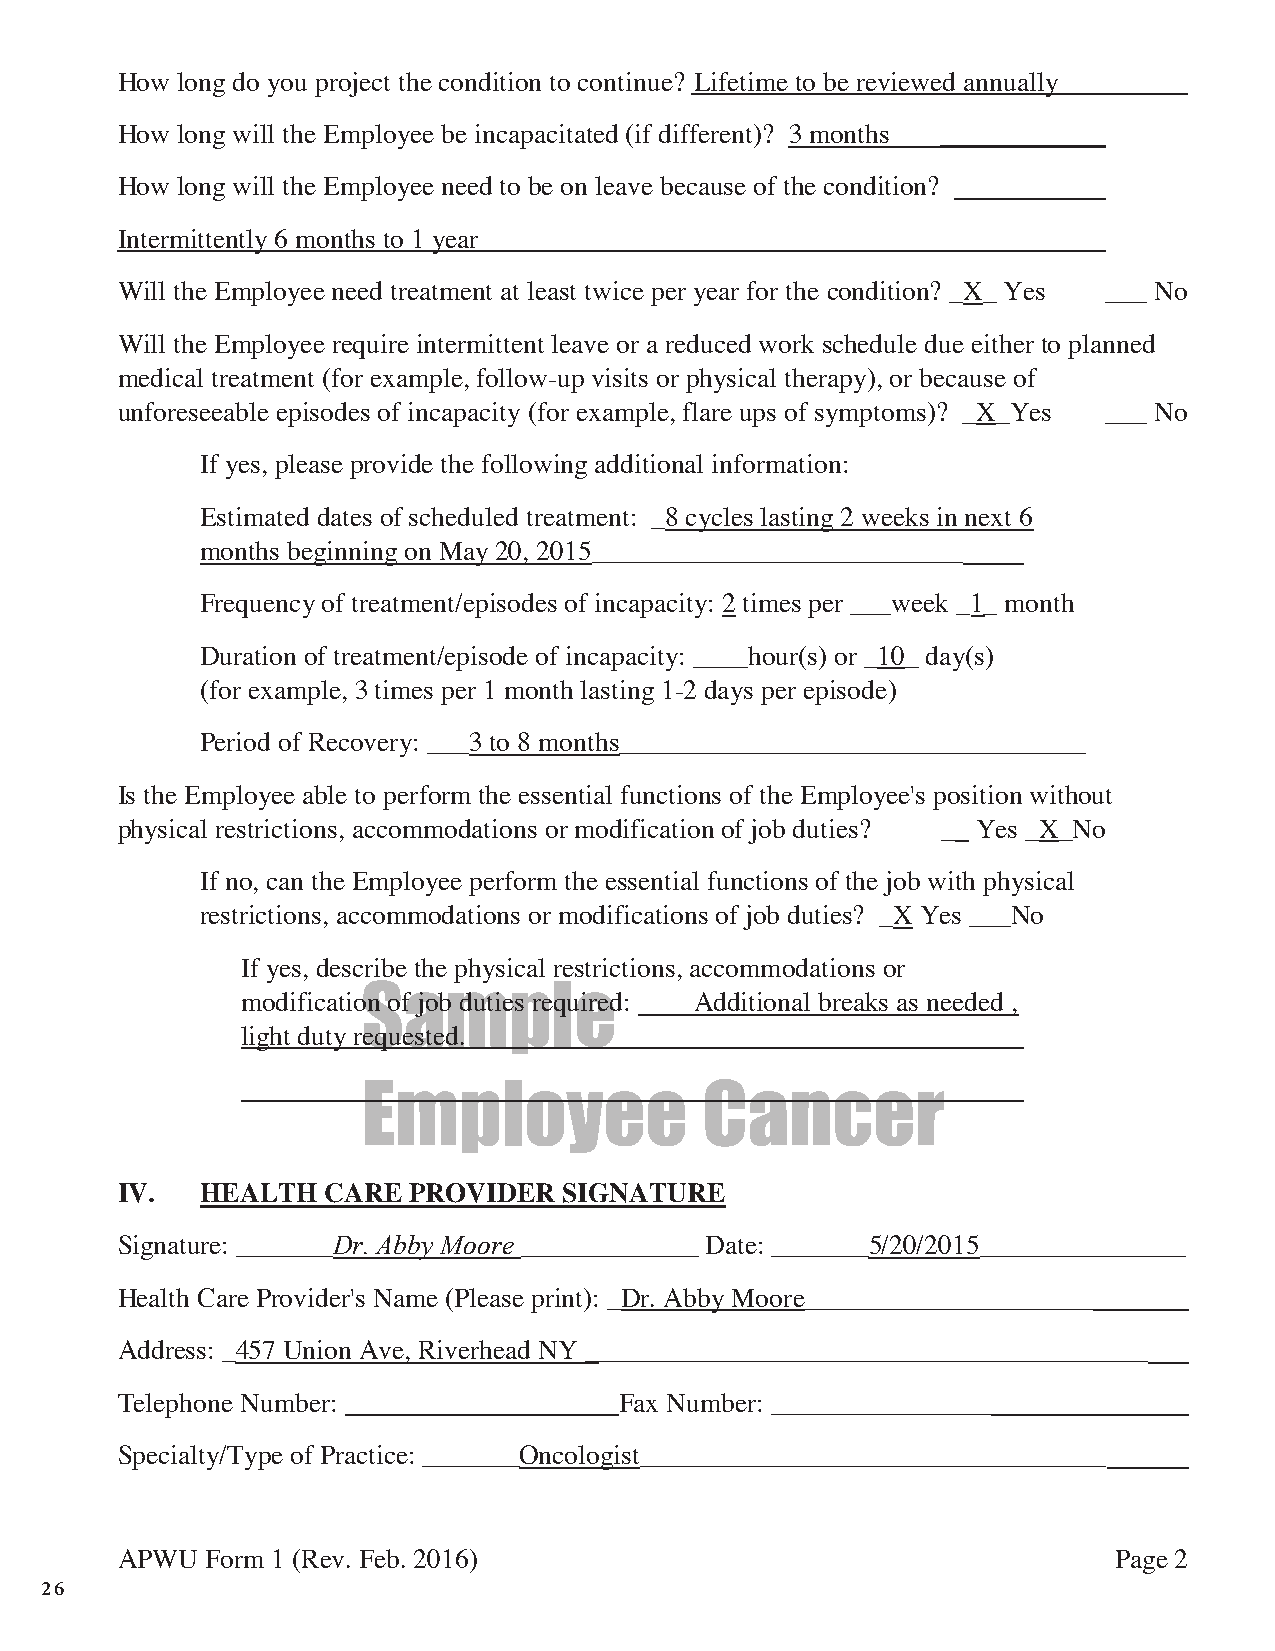
How long do you project the condition to continue? Lifetime to be reviewed annually
 How long will the Employee be incapacitated (if different)? 3 months ____________
 How long will the Employee need to be on leave because of the condition?
 Intermittently 6 months to 1 year _________
 Will the Employee need treatment at least twice per year for the condition? _X_ Yes ___ No
 Will the Employee require intermittent leave or a reduced work schedule due either to planned
 medical treatment (for example, follow-up visits or physical therapy), or because of
 unforeseeable episodes of incapacity (for example, flare ups of symptoms)? _X_Yes ___ No
 If yes, please provide the following additional information:
 Estimated dates of scheduled treatment: _8 cycles lasting 2 weeks in next 6
 months beginning on May 20, 2015___________________________
 Frequency of treatment/episodes of incapacity: 2 times per ___week _1_ month
 Duration of treatment/episode of incapacity: ____hour(s) or _10_ day(s)
 (for example, 3 times per 1 month lasting 1-2 days per episode)
 Period of Recovery: ___3 to 8 months__________________________________
 Is the Employee able to perform the essential functions of the Employee's position without
 physical restrictions, accommodations or modification of job duties? __ Yes _X_No
 If no, can the Employee perform the essential functions of the job with physical
 restrictions, accommodations or modifications of job duties? _X Yes ___No
 If yes, describe the physical restrictions, accommodations or
 modificatioSn ofa jobm dutieps relqueired : Additional breaks as needed ,
 light duty requested.              __________________
 Employee              Cancer
 IV.  HEALTH  CARE  PROVIDER  SIGNATURE
 Signature: _______Dr. Abby Moore _____________ Date: _______5/20/2015_______________
 Health Care Provider's Name (Please print): _Dr. Abby Moore_____________________
 Address: _457 Union Ave, Riverhead NY _________________________________________
 Telephone Number:                Fax Number: ________________
 Specialty/Type of Practice: _______Oncologist__________________________________
 APWU  Form 1 (Rev. Feb. 2016)                                     Page 2
 26